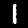
Label: 1